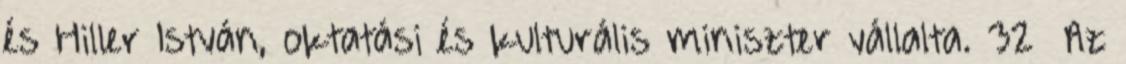
és Hiller István, oktatási és kulturális miniszter vállalta. 32 Az